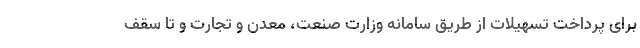
برای پرداخت تسهیلات از طریق سامانه وزارت صنعت، معدن و تجارت و تا سقف